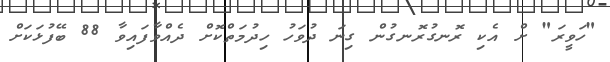
"ހަވީރަ" ށް އެކި ރޮނގުރޮނގުން ގިނަ ދުވަހު ހިދުމަތްކޮށް ދެއްވާފައިވާ 88 ބޭފުޅަކަށް